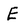
Character: E